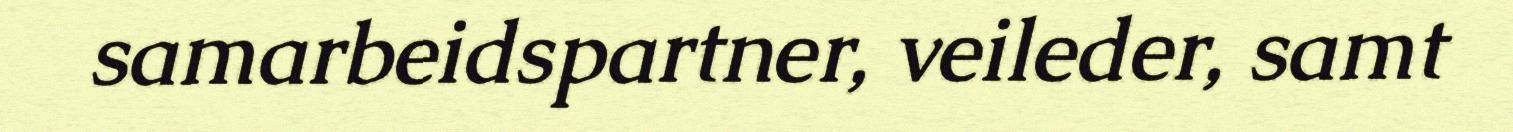
samarbeidspartner, veileder, samt